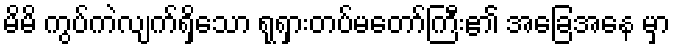
မိမိ ကွပ်ကဲလျက်ရှိသော ရုရှားတပ်မတော်ကြီး၏ အခြေအနေ မှာ